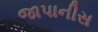
જાપાનીસ